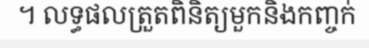
។ លទ្ធផលត្រួតពិនិត្យមួកនិងកញ្ចក់